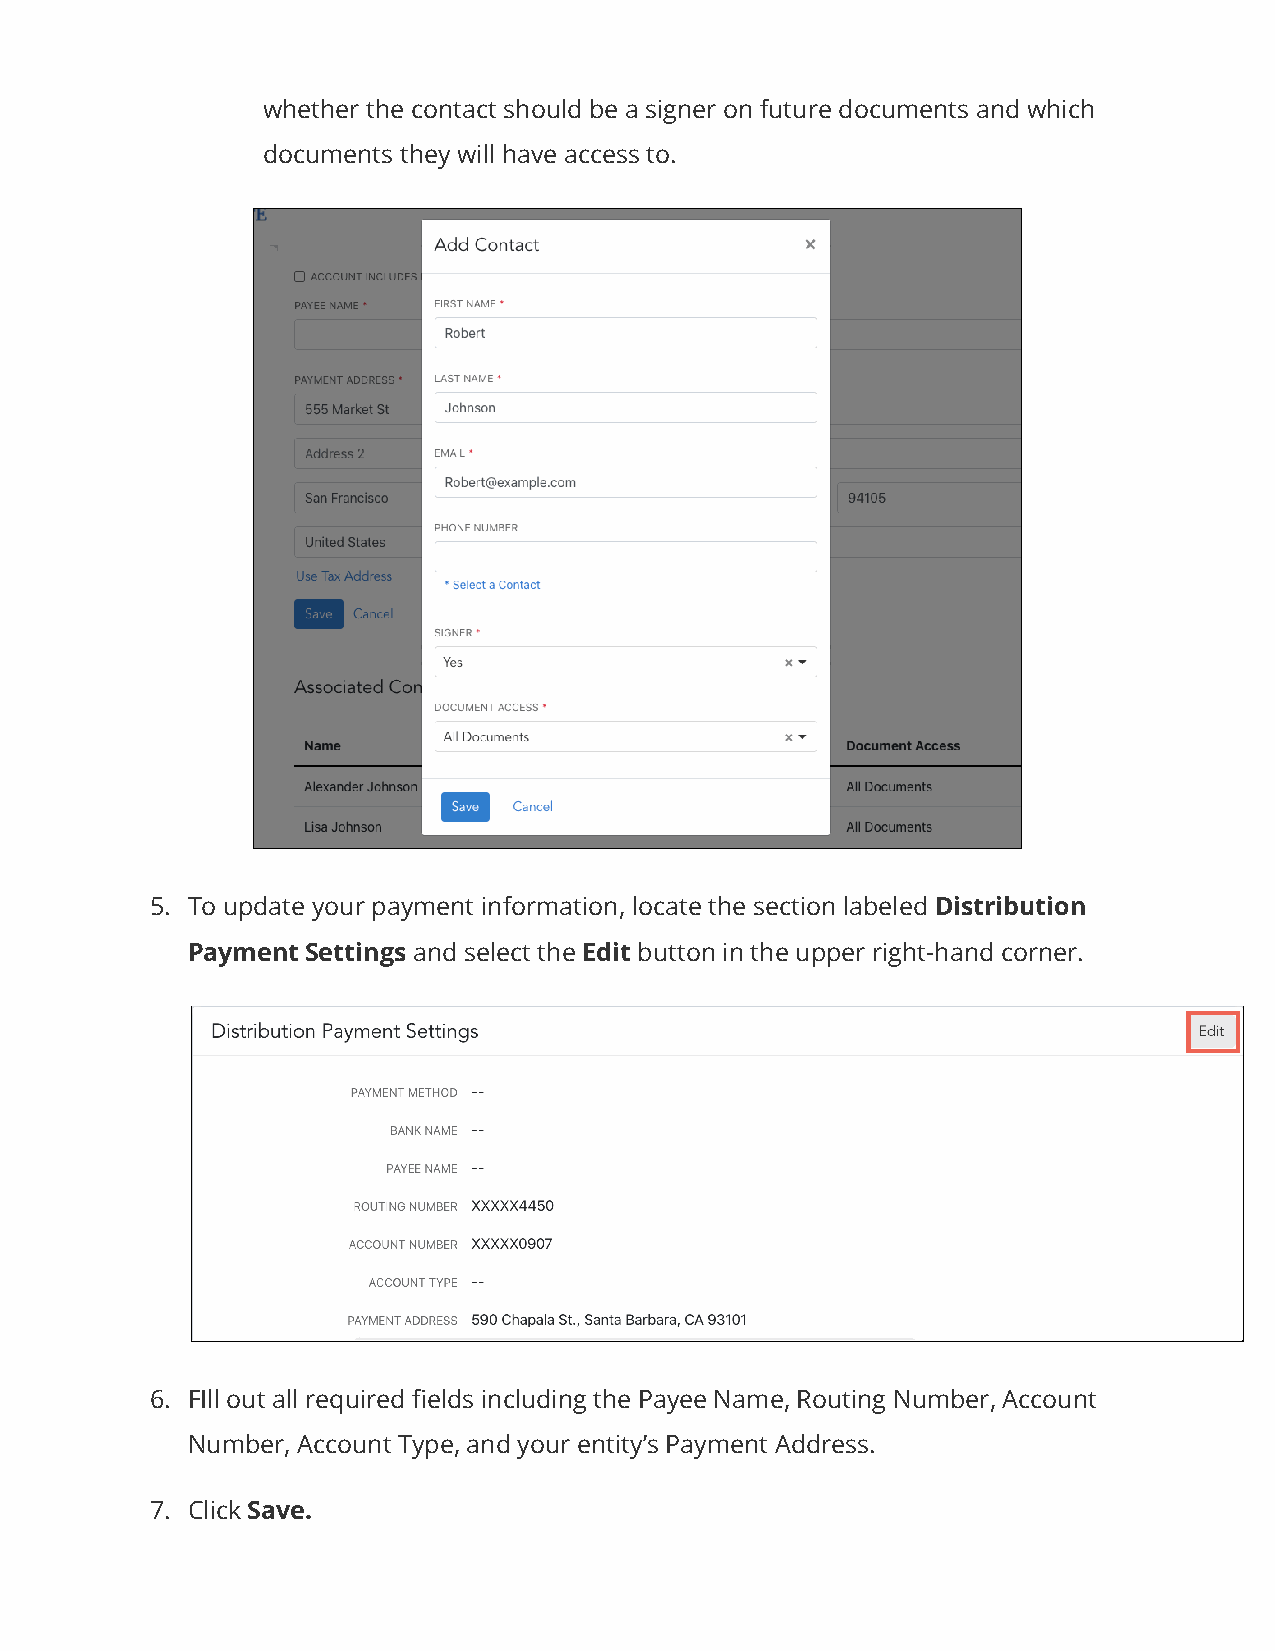
whether the contact should be a signer on future documents and which
 documents they will have access to.
 5. To update your payment information, locate the section labeled Distribution
 Payment Settings and select the Edit button in the upper right-hand corner.
 6. FIll out all required fields including the Payee Name, Routing Number, Account
 Number, Account Type, and your entity’s Payment Address.
 7. Click Save.